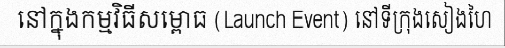
នៅក្នុងកម្មវិធីសម្ពោធ (Launch Event) នៅទីក្រុងសៀងហៃ